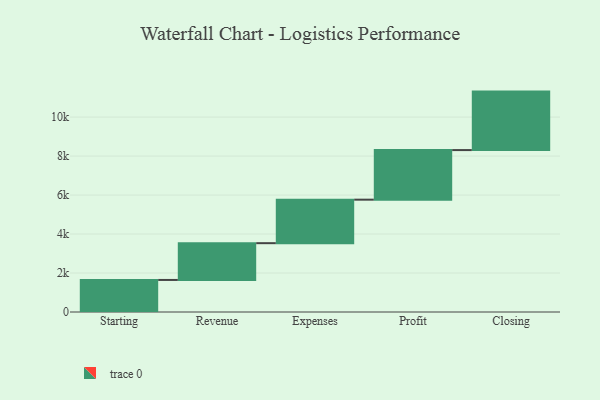
{"axis": {"x": "Step", "y": "Value"}, "legend": [""], "data": [{"x": "Starting", "y": 1644.0, "type": ""}, {"x": "Revenue", "y": 1887.0, "type": ""}, {"x": "Expenses", "y": 2232.0, "type": ""}, {"x": "Profit", "y": 2544.0, "type": ""}, {"x": "Closing", "y": 3000, "type": ""}]}